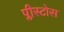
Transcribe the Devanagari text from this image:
प्लीस्टोस